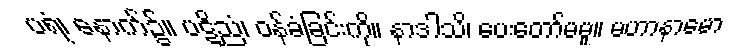
ပရံ၊ နောက်၌။ ပဋိညံ၊ ဝန်ခံခြင်းကို။ နာဒါသိ၊ ပေးတော်မမူ။ မဟာနာမော